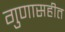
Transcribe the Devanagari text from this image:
गुणासहीत